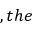
, t h e